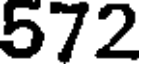
572